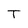
Character: T